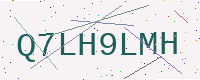
Text: Q7LH9LMH